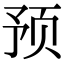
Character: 预